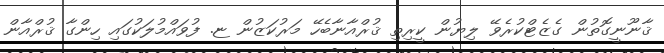
ޤާނޫނީގޮތުން ގެޒެޓްކުރެވޭ ލިޔުން ކީރިތި ޤުރްއާނާބެހޭ މަރުކަޒުން ޏ. ފުވައްމުލަކުގައި ހިންގާ ޤުރްއާން